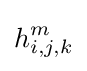
h_{i,j,k}^{m}